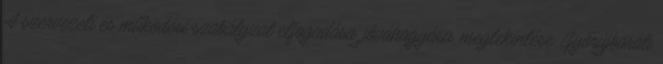
A szervezeti és működési szabályzat elfogadása, jóváhagyása, megtekintése. Győrújbaráti